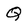
Character: Q